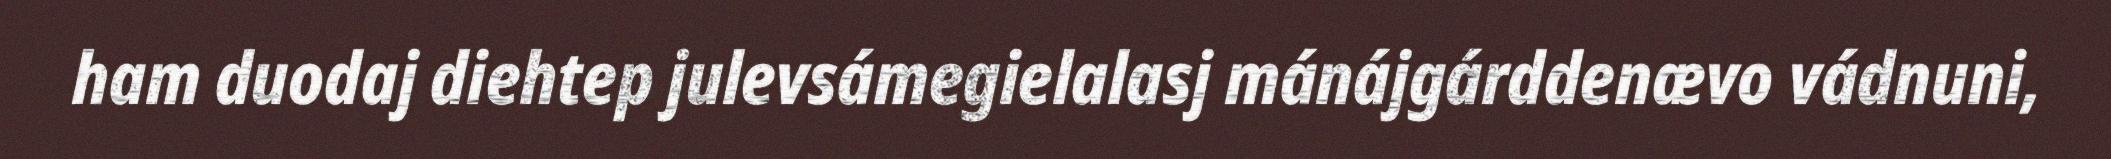
ham duodaj diehtep julevsámegielalasj mánájgárddenævo vádnuni,